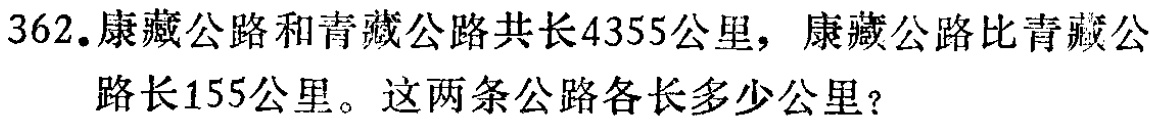
362.康藏公路和青藏公路共长4355公里，康藏公路比青藏公路长155公里。这两条公路各长多少公里？